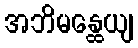
အဘိမန္ထေယျ